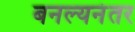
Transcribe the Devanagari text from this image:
बनल्यनंतर